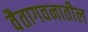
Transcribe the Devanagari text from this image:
वैतागवनातील